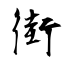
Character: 街